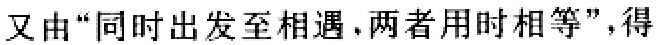
又由“同时出发至相遇，两者用时相等”，得